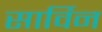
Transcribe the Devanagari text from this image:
सार्विन